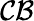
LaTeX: \mathcal{CB}